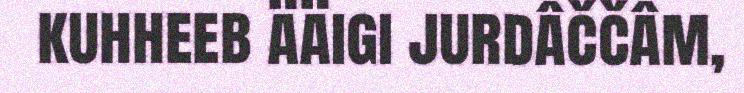
kuhheeb ääigi jurdâččâm,